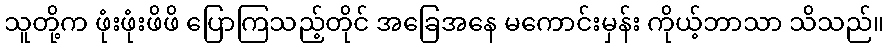
သူတို့က ဖုံးဖုံးဖိဖိ ပြောကြသည့်တိုင် အခြေအနေ မကောင်းမှန်း ကိုယ့်ဘာသာ သိသည်။